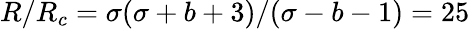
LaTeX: R/R_{c}=\sigma(\sigma+b+3)/(\sigma-b-1)=25